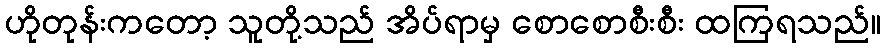
ဟိုတုန်းကတော့ သူတို့သည် အိပ်ရာမှ စောစောစီးစီး ထကြရသည်။